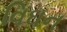
વિઘન